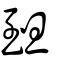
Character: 𦤾